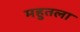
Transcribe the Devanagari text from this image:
महुतला